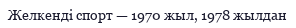
Желкенді спорт — 1970 жыл, 1978 жылдан